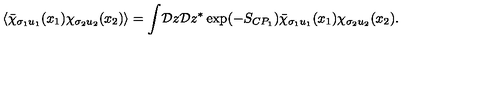
\langle \bar { \chi } _ { \sigma _ { 1 } u _ { 1 } } ( x _ { 1 } ) \chi _ { \sigma _ { 2 } u _ { 2 } } ( x _ { 2 } ) \rangle = \int \! { \cal D } z { \cal D } z ^ { * } \exp ( - S _ { C P _ { 1 } } ) \bar { \chi } _ { \sigma _ { 1 } u _ { 1 } } ( x _ { 1 } ) \chi _ { \sigma _ { 2 } u _ { 2 } } ( x _ { 2 } ) .